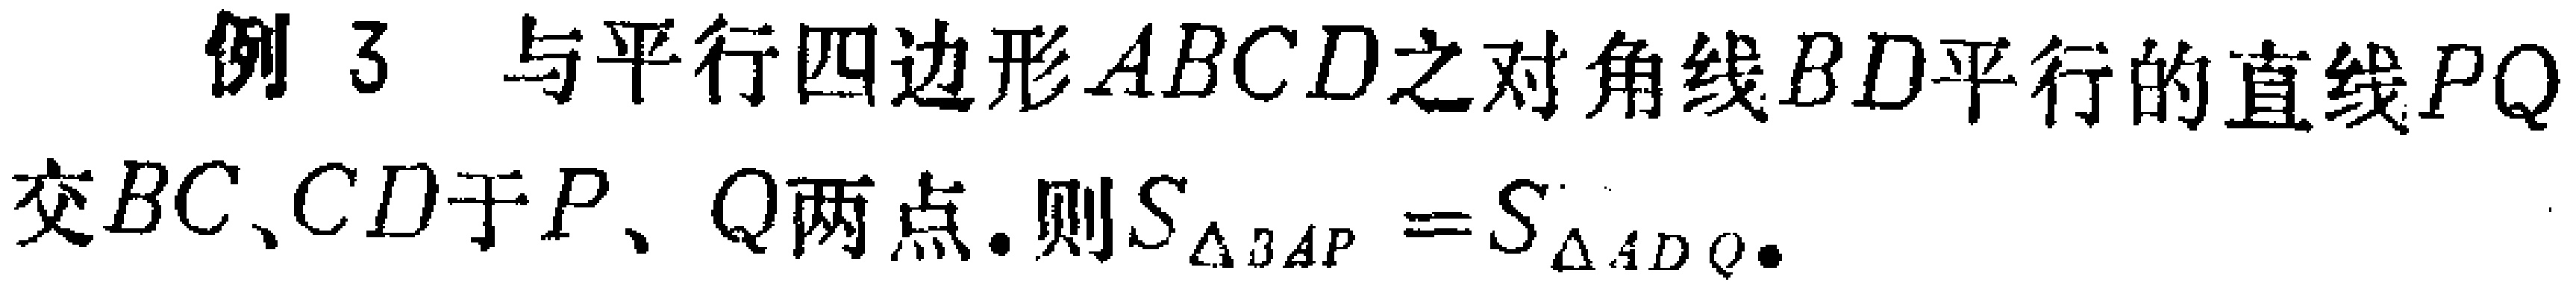
例 3 与平行四边形\(ABCD\)之对角线\(BD\)平行的直线\(PQ\)交\(BC\)、\(CD\)于\(P\)、\(Q\)两点. 则\(S_{\triangle BAP} = S_{\triangle ADQ}\).